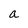
Character: a